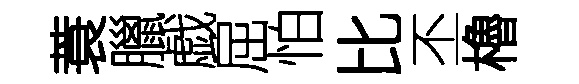
蓑臘戯屈怕比丕櫓